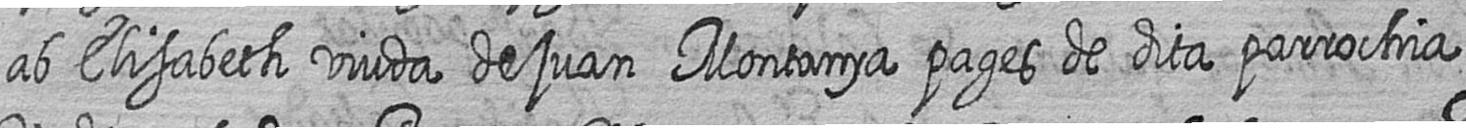
ab Elisabeth viuda de juan Montanya pages de dita parrochia